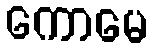
ကောမေ